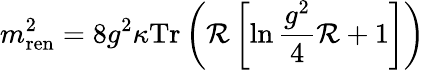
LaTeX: m_{\mathrm{ren}}^{2}=8g^{2}\kappa\mathrm{Tr}\left({\cal R}\left[\ln\frac{g^{2}}{4}{\cal R}+1\right]\right)